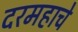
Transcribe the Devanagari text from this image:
दरमहाचे